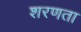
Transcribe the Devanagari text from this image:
शरणता